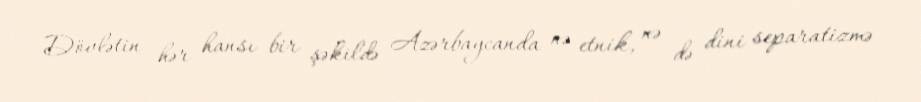
Dövlətin hər hansı bir şəkildə Azərbaycanda nə etnik, nə də dini separatizmə